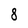
Character: 8